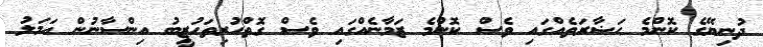
ދުނިޔޭގެ ކޮންމެ ޙަޟާރަތެއްގައި ވެސް ކޮންމެ ޒަމާނެއްގައި ވެސް ގޮތްހުރިތަހުޒީބު އިންސާނުން އަމަލު